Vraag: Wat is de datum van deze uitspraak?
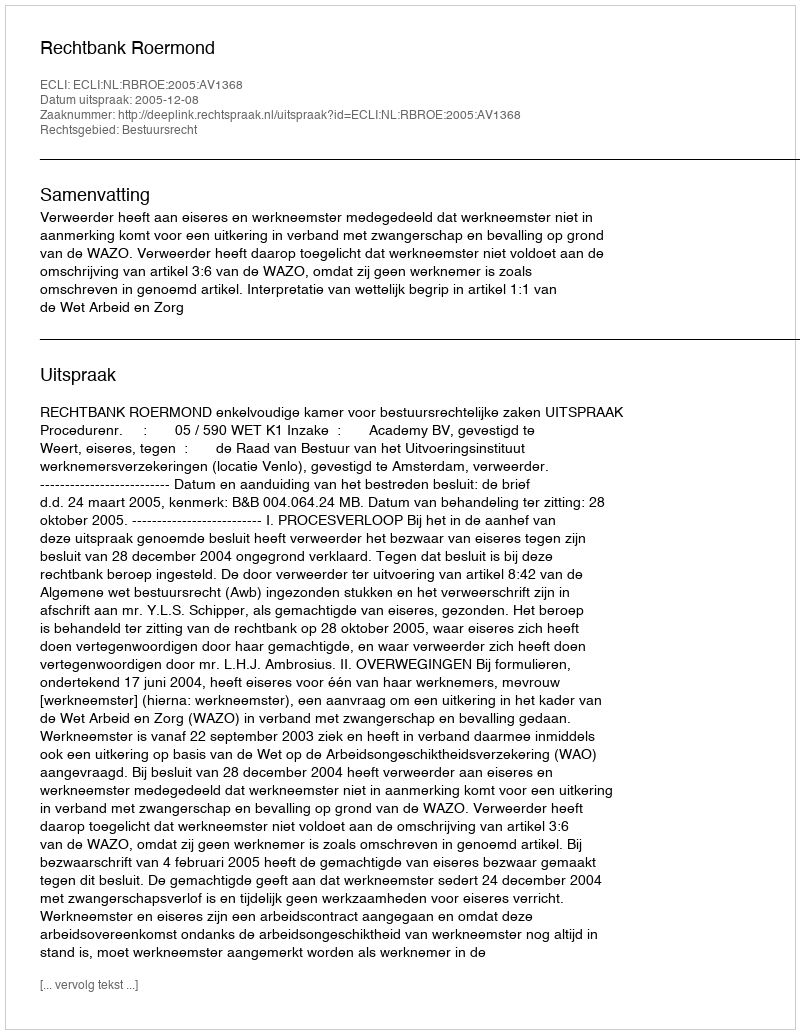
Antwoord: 2005-12-08